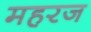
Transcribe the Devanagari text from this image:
महरज